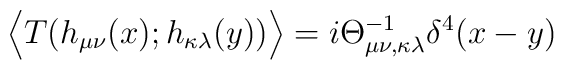
\Big{<}T(h_{\mu\nu}(x);h_{\kappa\lambda}(y))\Big{>}=i\Theta^{-1}_{\mu\nu,\kappa\lambda}\delta^4(x-y)